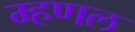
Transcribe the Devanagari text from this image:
म्हणल